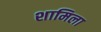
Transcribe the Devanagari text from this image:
शामिला